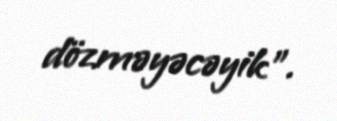
dözməyəcəyik".